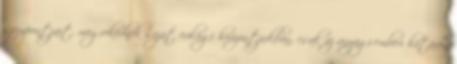
szempontjait, megrekednek saját evilági horizontjukban, csak az anyagi-emberi határon